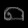
Digit: ၈